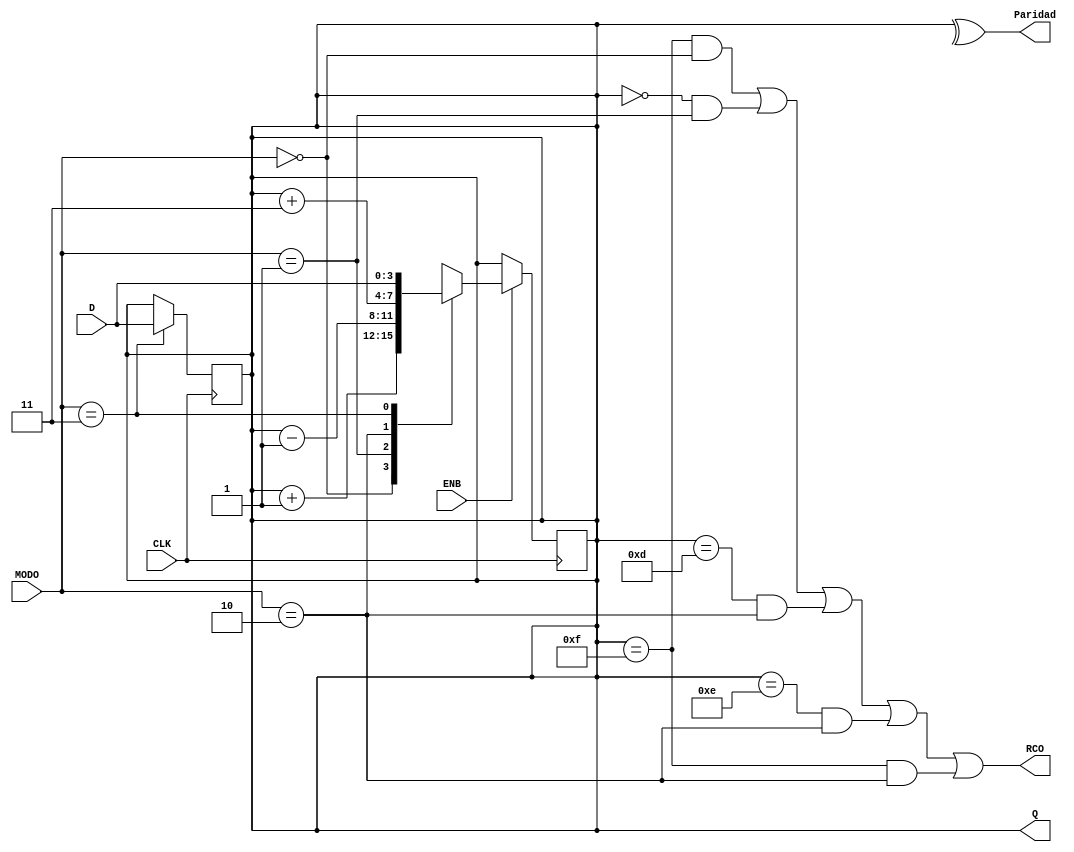
module contador_de4_bits (
    input wire CLK,
    input wire ENB,
    input wire [1:0] MODO,
    input wire [3:0] D,
    output reg [3:0] Q,
    output reg RCO,
    output reg Paridad
);

    // Para que se cargen en Q los D de todos los contadores
    always @(posedge CLK) begin
        if (MODO == 2'b11) begin
            Q <= D;
        end
    end

    always @(posedge CLK) begin   
        if (ENB == 1) begin
        case (MODO)
            2'b00: Q <= Q + 1;
            2'b01: Q <= Q - 1;  
            2'b10: Q <= Q + 3; 
            2'b11: Q <= D; 
        endcase
    end
end
    always @* begin 
    Paridad= ^Q;    
    RCO <= (Q == 4'b1111 && MODO == 2'b00) || (Q == 4'b0000 && MODO == 2'b01) || (Q == 4'b1101 && MODO == 2'b10) 
        || (Q == 4'b1110 && MODO == 2'b10) || (Q == 4'b1111 && MODO == 2'b10); 
    end
endmodule